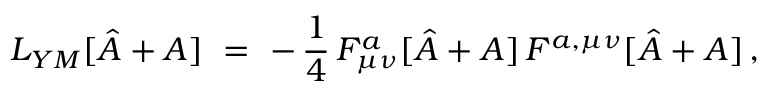
{ \cal L } _ { Y M } [ \hat { A } + A ] \ = \ - \, \frac { 1 } { 4 } \, F _ { \mu \nu } ^ { a } [ \hat { A } + A ] \, F ^ { a , \mu \nu } [ \hat { A } + A ] \, ,